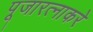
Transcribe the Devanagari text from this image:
पूजारत्नाकरे